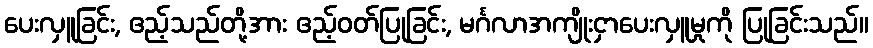
ပေးလှူခြင်း, ဧည့်သည်တို့အား ဧည့်ဝတ်ပြုခြင်း, မင်္ဂလာအကျိုးငှာပေးလှူမှုကို ပြုခြင်းသည်။